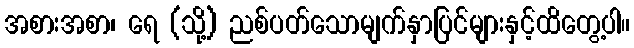
အစားအစာ၊ ရေ (သို့) ညစ်ပတ်သောမျက်နှာပြင်များနှင့်ထိတွေ့ပါ။